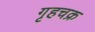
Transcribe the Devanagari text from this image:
गृहचक्र